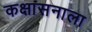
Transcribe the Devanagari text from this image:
कक्षासनाला